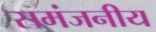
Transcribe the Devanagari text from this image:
समंजनीय